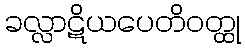
ခလ္လာဋိယပေတိဝတ္ထု